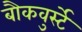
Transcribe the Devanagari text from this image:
बौकवुर्स्टे